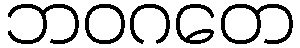
ဘဝဂတေ